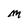
Character: M